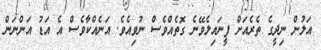
އަލުން ނިދީގެ ތެރެއަށް ފީނައިލެވޭނެ ގޮތެއްވެސް ނުވިއެވެ. އަނެއްކާވެސް އެ އަޑު އަންނަން